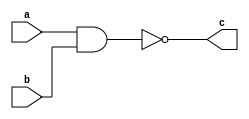
module nand_gate(a,b,c);

input a,b;
output c;
assign c=~(a & b);

endmodule